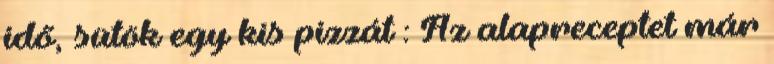
idő, sütök egy kis pizzát : Az alapreceptet már